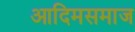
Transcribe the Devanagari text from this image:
आदिमसमाज